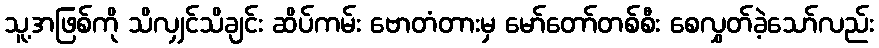
သူ့အဖြစ်ကို သိလျှင်သိချင်း ဆိပ်ကမ်း ဗောတံတားမှ မော်တော်တစ်စီး စေလွှတ်ခဲ့သော်လည်း